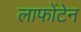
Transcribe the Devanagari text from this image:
लाफोंटेन